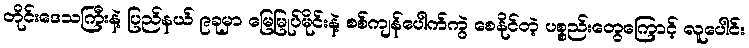
တိုင်းဒေသကြီးနဲ့ ပြည်နယ် ၉ခုမှာ မြေမြုပ်မိုင်းနဲ့ စစ်ကျန်ပေါက်ကွဲ စေနိုင်တဲ့ ပစ္စည်းတွေကြောင့် လူပေါင်း